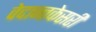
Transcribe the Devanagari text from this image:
वेदान्तकेसरी